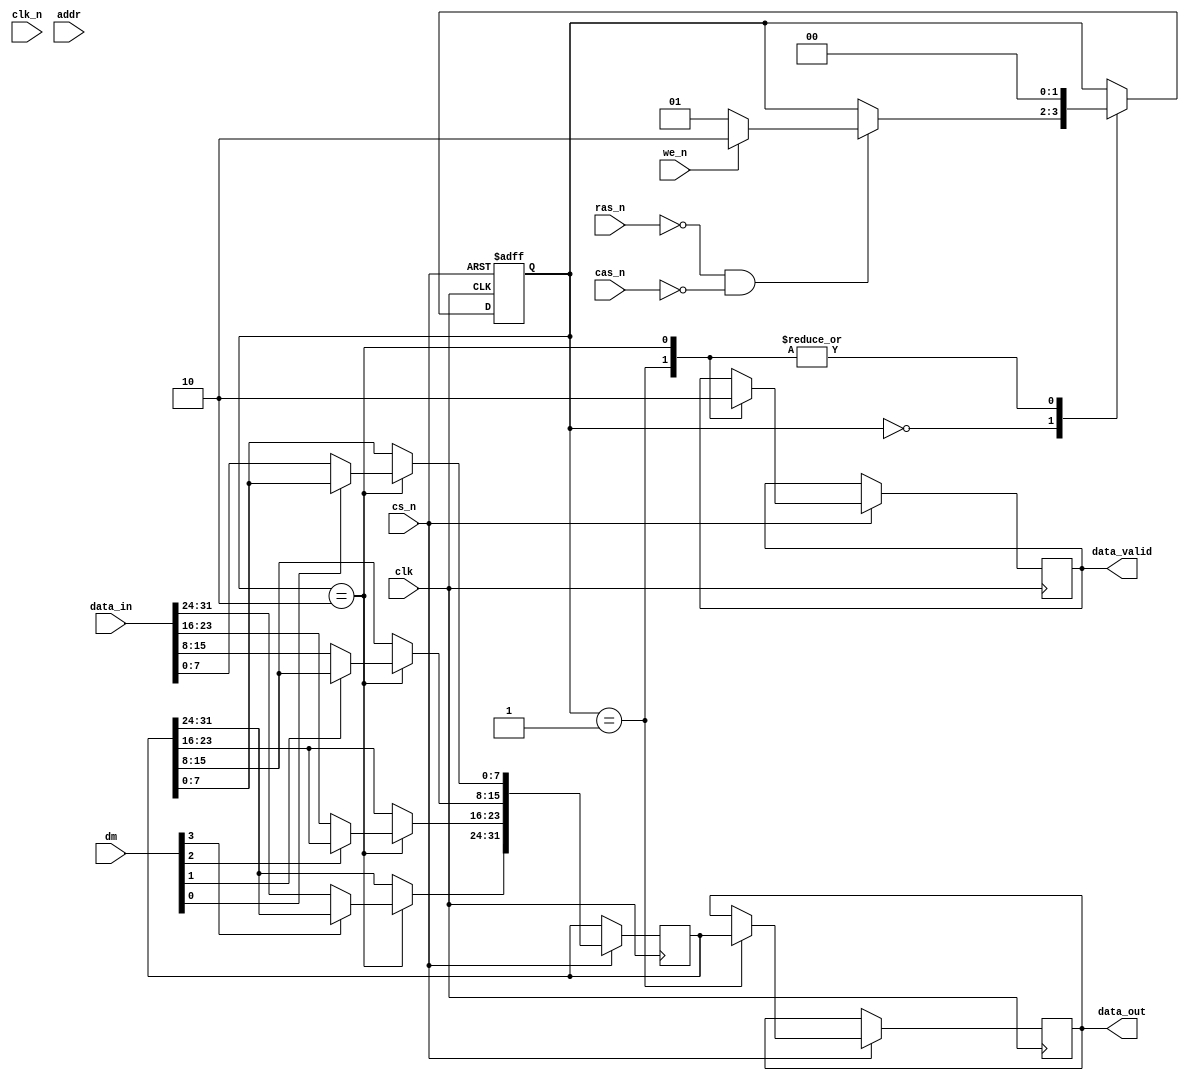
module ddr_sdram_io (
    input wire clk,                // Clock input
    input wire clk_n,              // Inverted clock input for DDR
    input wire cs_n,               // Chip Select (active low)
    input wire ras_n,              // Row Address Strobe (active low)
    input wire cas_n,              // Column Address Strobe (active low)
    input wire we_n,               // Write Enable (active low)
    input wire [31:0] addr,        // Address input
    input wire [31:0] data_in,     // Data input for write operations
    input wire [3:0] dm,           // Data Mask inputs
    output reg [31:0] data_out,     // Data output for read operations
    output reg data_valid          // Data valid signal
);

    reg [31:0] data_buffer;         // Buffer for data
    reg [31:0] addr_latch;          // Latch for address
    reg [1:0] state;                // State for control logic

    // State encoding
    localparam IDLE = 2'b00,
               READ = 2'b01,
               WRITE = 2'b10;

    // Clock edge detection for DDR
    always @(posedge clk or negedge cs_n) begin
        if (!cs_n) begin
            state <= IDLE; // Reset state on chip select
        end else begin
            case (state)
                IDLE: begin
                    if (!ras_n && !cas_n) begin
                        addr_latch <= addr; // Latch address on RAS and CAS
                        if (!we_n) begin
                            state <= READ; // Transition to READ state
                        end else begin
                            state <= WRITE; // Transition to WRITE state
                        end
                    end
                end
                READ: begin
                    // Simulate data read operation
                    data_out <= data_buffer; // Output data from buffer
                    data_valid <= 1'b1; // Indicate data is valid
                    state <= IDLE; // Return to IDLE state
                end
                WRITE: begin
                    // Simulate data write operation with masking
                    if (!dm[0]) data_buffer[7:0] <= data_in[7:0];
                    if (!dm[1]) data_buffer[15:8] <= data_in[15:8];
                    if (!dm[2]) data_buffer[23:16] <= data_in[23:16];
                    if (!dm[3]) data_buffer[31:24] <= data_in[31:24];
                    data_valid <= 1'b0; // Data valid is low during write
                    state <= IDLE; // Return to IDLE state
                end
            endcase
        end
    end

    // Handle falling edge of clock for DDR
    always @(negedge clk_n) begin
        // Additional logic for data transfer on falling edge can be added here
    end

    // Internal refresh control (simplified)
    always @(posedge clk) begin
        // Implement refresh logic here if needed
    end

endmodule